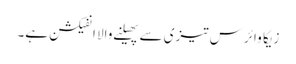
زیکا وائرس تیزی سے پھیلنے والا انفیکشن ہے۔